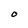
Character: O